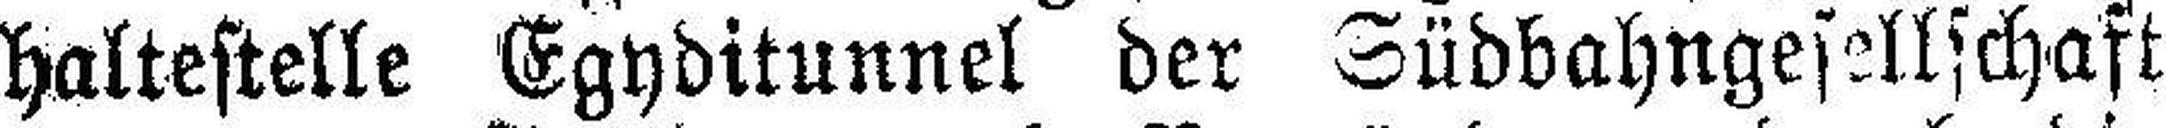
haltestelle Egyditunnel der Südbahngesellschaft